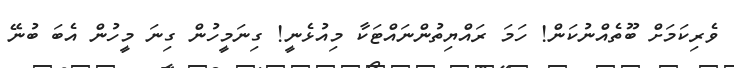
ވެރިކަމަށް ބޫތެއްނުކަން! ހަމަ ރައްޔިތުންނައްޓަކާ މިއުޅެނީ! ގިނަމީހުން ގިނަ މީހުން އެބަ ބުނޭ